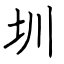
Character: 圳